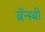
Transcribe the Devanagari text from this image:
ब्रॅन्स्बी